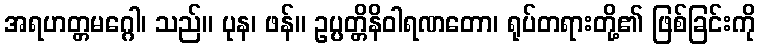
အရဟတ္တမဂ္ဂေါ၊ သည်။ ပုန၊ ဖန်။ ဥပ္ပတ္တိနိဝါရဏတော၊ ရုပ်တရားတို့၏ ဖြစ်ခြင်းကို